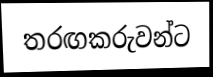
තරඟකරුවන්ට